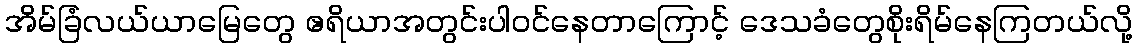
အိမ်ခြံလယ်ယာမြေတွေ ဧရိယာအတွင်းပါဝင်နေတာကြောင့် ဒေသခံတွေစိုးရိမ်နေကြတယ်လို့